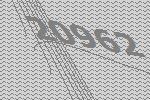
20962